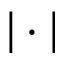
\vert \cdot \vert